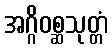
အဂ္ဂိဝစ္ဆသုတ္တံ